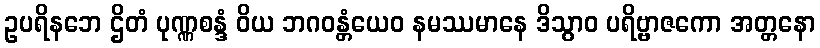
ဥပရိနဘေ ဌိတံ ပုဏ္ဏစန္ဒံ ဝိယ ဘဂဝန္တံယေဝ နမဿမာနေ ဒိသွာဝ ပရိဗ္ဗာဇကော အတ္တနော